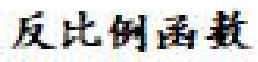
反比例函数